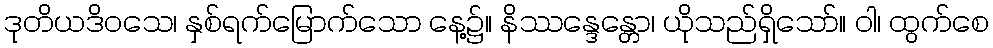
ဒုတိယဒိဝသေ၊ နှစ်ရက်မြောက်သော နေ့၌။ နိဿန္ဒေန္တော၊ ယိုသည်ရှိသော်။ ဝါ၊ ထွက်စေ